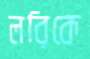
লরিকে